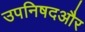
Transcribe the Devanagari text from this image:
उपनिषदऔर